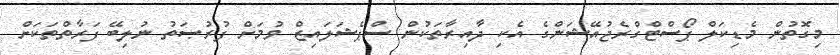
މިގޮތުން މެޑިކަލް ޕޯސްޓްގްރެޖުއޭޝަންގެ އެކި ދާއިރާތަކުން ސްޕެޝަލައިޒް ވުމަށް ފުރުޞަތު ނުލިބޭ ފަރާތްތަކަށް